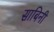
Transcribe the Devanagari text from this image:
साबिनी